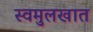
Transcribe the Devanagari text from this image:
स्वमुलखात